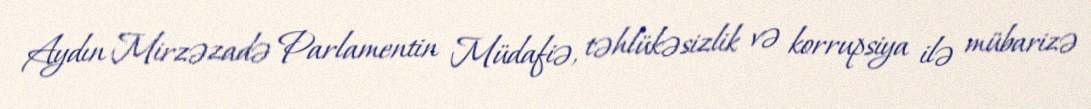
Aydın Mirzəzadə Parlamentin Müdafiə, təhlükəsizlik və korrupsiya ilə mübarizə